Report on horse surra - Volume II, Part II
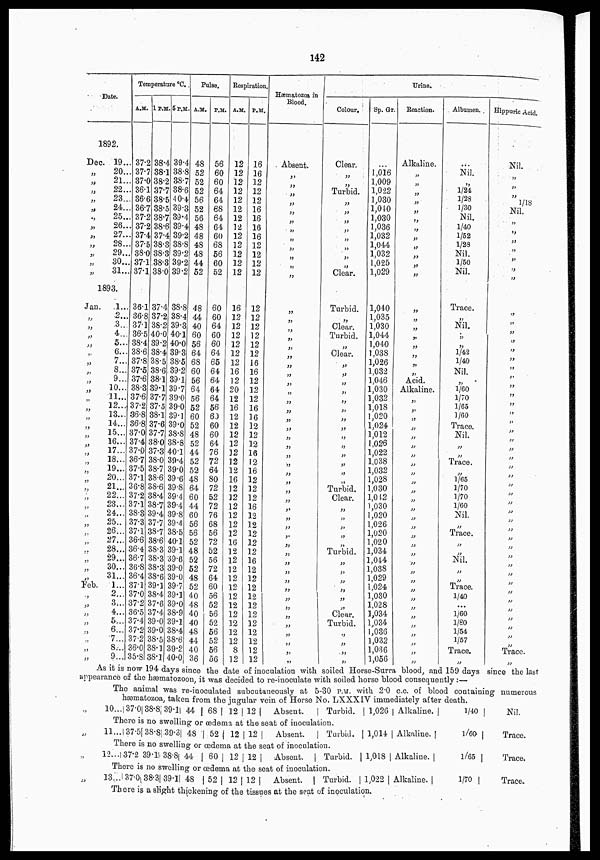
142
Date.
1892.
Dec.
„
„
„
„
„
„
„
„
„
„
„
„
19...
20...
21...
22...
23...
24...
25...
26...
27...
28...
29...
30...
31...
1893.
Jan.
„
„
„
„
„
„
„
„
„
„
„
„
„
„
„
„
„
„
„
„
„
„
„
„
„
„
„
„
„
Feb.
„
„
„
„
„
„
„
„
1...
2...
3...
4...
5...
6...
7...
8...
9...
10...
11...
12...
13...
14...
15...
16...
17...
18...
19...
20...
21...
22...
23...
24...
25..
26...
27...
28...
29...
30...
31...
1...
2..
3..
4..
5..
6..
7..
8..
9..
Temperature °C.
A.M.
37.2
37.7
37.0
36.1
36.6
36.7
37.2
37.2
37.4
37.5
38.0
37.1
37.1
36.1
36.8
37.1
36.5
38.4
38.6
37.8
37.5
37.6
38.3
37.6
37.2
36.8
36.8
37.0
37.4
37.0
36.7
37.5
37.1
36.8
37.2
37.1
38.3
37.3
37.1
36.6
36.4
36.7
36.8
36.4
37.1
37.0
37.2
36.5
37.4
37.2
37.2
36.0
35.8
1P.M.
38.4
38.1
38.2
37.7
38.5
38.5
38.7
38.6
37.4
38.3
38.3
38.3
38.0
37.4
37.2
38.2
40.0
39.2
38.4
38.5
38.6
38.1
39.1
37.7
37.5
38.1
37.6
37.7
38.0
37.3
38.0
38.7
38.6
38.6
38.4
38.7
39.4
37.7
38.7
38.6
38.3
38.3
38.3
38.6
39.1
38.4
37.6
37.4
39.0
39.0
38.5
38.1
38.1
5P.M.
39.4
38.8
38.7
38.6
40.4
39.3
39.4
39.4
39.2
38.8
39.2
39.2
39.2
38.8
38.4
39.3
40.1
40.0
39.3
38.5
39.2
39.1
39.7
39.0
39.0
39.1
39.0
38.8
38.8
40.1
39.4
39.0
39.6
39.8
39.4
39.4
39.8
39.4
38.5
40.1
39.1
39.6
39.0
39.0
39.7
39.1
39.0
38.9
39.1
38.4
38.6
39.2
40.0
Pulse.
A.M.
48
52
52
52
56
52
56
48
48
48
48
44
52
48
44
40
60
56
64
68
60
56
64
56
52
60
52
48
52
44
52
52
48
64
60
44
60
56
56
52
48
52
52
48
52
40
48
40
40
48
44
40
36
P.M.
56
60
60
64
64
68
64
64
60
68
56
60
52
60
60
64
60
60
64
65
64
64
64
64
56
60
60
60
64
76
72
64
80
72
52
72
76
68
56
72
52
56
72
64
60
56
52
56
52
56
52
56
56
Respiration.
A.M.
12
12
12
12
12
12
12
12
12
12
12
12
12
16
12
12
12
12
12
12
16
12
20
12
16
12
12
12
12
12
12
12
16
12
12
12
12
12
12
16
12
12
12
12
12
12
12
12
12
12
12
8
12
P.M.
16
16
12
12
12
16
16
16
16
12
12
12
12
12
12
12
12
12
12
16
16
12
12
12
16
16
12
12
12
16
12
16
12
12
12
16
12
12
12
12
12
16
12
12
12
12
12
12
12
12
12
12
12
Hæmatozoa in
Blood.
Absent.
„
„
„
„
„
„
„
„
„
„
„
„
„
„
„
„
„
„
„
„
„
„
„
„
„
„
„
„
„
„
„
„
„
„
„
„
„
„
„
„
„
„
„
„
„
„
„
„
„
„
„
Urine.
Colour.
Clear.
„
„
Turbid.
„
„
„
„
„
„
„
Clear.
Turbid.
„
Clear.
Turbid.
„
Clear.
„
„
„
„
„
„
„
„
„
„
„
„
„
„
Turbid.
Clear.
„
„
„
„
„
Turbid.
„
„
„
„
„
„
Clear.
Turbid.
„
„
„
„
Sp. Gr.
...
1,016
1,009
1,022
1,030
1,040
1,030
1,036 1,032
1,044
1,032
1,025
1,029
1,040
1,035 1,030
1,044
1,040
1,038
1,026
1,032
1,046
1,030
1,032 1,018
1,020
1,024
1,012
1,026
1,022
1,038
1,032
1,028
1,030
1,042
1,030
1,020
1,026
1,020
1,020
1,034
1,044
1,038
1,029
1,024
1,030
1,028
1,034
1,034
1,036
1,032
1,036
1,056
Reaction.
Alkaline.
„
„
„
„
„
„
„
„
„
„
„
„
„
„
„
„
„
„
„
„
Acid.
Alkaline.
„
„
„
„
„
„
„
„
„
„
„
„
„
„
„
„
„
„
„
„
„
„
„
„
„
„
„
„
„
„
Albumen.
...
Nil.
„
1/24
1/28
1/30
Nil.
1/40
1/52
1/28
Nil.
1/50
Nil.
Trace.
„
Nil.
„
„
1/42
1/40
Nil.
„
1/60
1/70
1/65
1/60
Trace.
Nil.
„
„ Trace.
1/65
1/70
1/70
1/60
Nil.
„
Trace.
„
„
Nil.
„
„
Trace.
1/40
...
1/60
1/80
1/54
1/57
Trace.
„
Hippuric Acid.
Nil.
„
„
„
1/18
Nil.
„
„
„
„
„
„
„
„
„
„
„
„
„
„
„
„
„
„
„
„
„
„
„
„
„
„
„
„
„
„
„
„
„
„
„
„
„
„
„
„
„
„
„
„
„
Trace.
„
As it is now 194 days since the date of inoculation with soiled Horse-Surra blood, and 159 days since the last
appearance of the hæmatozoon, it was decided to re-inoculate with soiled horse blood consequently :—
The animal was re-inoculated subcutaneously at 5-30 P.M. with 2.0 c.c of blood containing numerous
hæmatozoa, taken from the insular vein of Horse No. LXXXIV immediately after death.
„
„
„
„
„
„
„
10.. 37.0 38.8 39.1 44
68 12 12
Absent.
Turbid.
1,026
There is no swelling or œdema at the seat of inoculation.
11... 37.5 38.8 39.3 48
52 12 12
Absent.
Turbid.
1,014
There is no swelling or œdema at the seat of inoculation.
12... 37.2 39.1 38.8 44
60 12
12
Absent.
Turbid.
1,018
There is no swelling or œdema at the seat of inoculation.
13... 37.0 38.3 39.1 48
52 12 12 Absent.
Turbid.
1,022
Alkaline.
Alkaline.
Alkaline.
Alkaline.
1/40
1/60
l/65
1/70
Nil.
Trace.
Trace.
Trace.
There is a slight thickening of the tissues at the seat of inoculation.